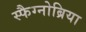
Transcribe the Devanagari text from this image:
स्फैग्नोब्रिया